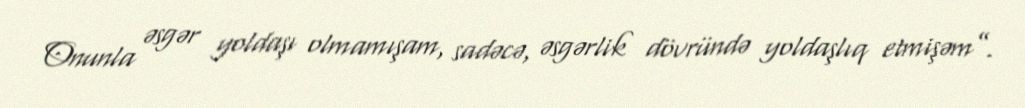
Onunla əsgər yoldaşı olmamışam, sadəcə, əsgərlik dövründə yoldaşlıq etmişəm”.